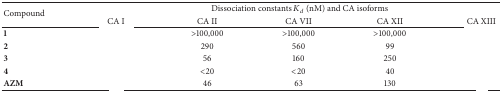
<table><thead><tr><td rowspan="2"><b>Compound</b></td><td colspan="5"><b>Dissociation constants <i>K</i><sub><i>d</i></sub> (nM) and CA isoforms</b></td></tr><tr><td><b>CA I</b></td><td><b>CA II</b></td><td><b>CA VII</b></td><td><b>CA XII</b></td><td><b>CA XIII</b></td></tr></thead><tbody><tr><td><b>1</b></td><td>[EMPTY_CELL]</td><td>&gt;100,000</td><td>&gt;100,000</td><td>&gt;100,000</td><td>[EMPTY_CELL]</td></tr><tr><td><b>2</b></td><td>[EMPTY_CELL]</td><td>290</td><td>560</td><td>99</td><td>[EMPTY_CELL]</td></tr><tr><td><b>3</b></td><td>[EMPTY_CELL]</td><td>56</td><td>160</td><td>250</td><td>[EMPTY_CELL]</td></tr><tr><td><b>4</b></td><td>[EMPTY_CELL]</td><td>&lt;20</td><td>&lt;20</td><td>40</td><td>[EMPTY_CELL]</td></tr><tr><td><b>AZM</b></td><td>[EMPTY_CELL]</td><td>46</td><td>63</td><td>130</td><td>[EMPTY_CELL]</td></tr></tbody></table>